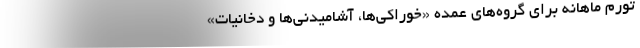
تورم ماهانه برای گروه‌های عمده «خوراکی‌ها، آشامیدنی‌ها و دخانیات»